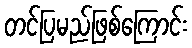
တင်ပြမည်ဖြစ်ကြောင်း